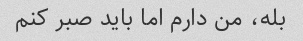
بله، من دارم اما باید صبر کنم